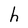
Character: h